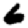
Digit: 6